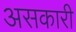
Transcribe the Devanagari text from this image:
असकारी